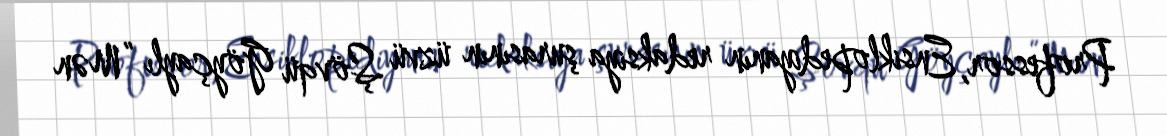
Professor, Ensiklopediyanın redaksiya şurasının üzvü Şövqü Göyçaylı “Mən